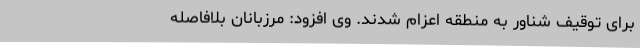
برای توقیف شناور به منطقه اعزام شدند. وی افزود: مرزبانان بلافاصله